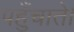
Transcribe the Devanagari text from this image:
पहुँचाते।